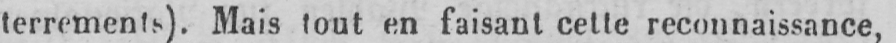
terrements). Mais tout en faisant cette reconnaissance,